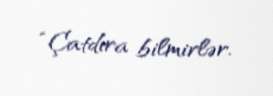
“Çatdıra bilmirlər.